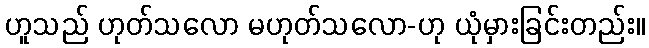
ဟူသည် ဟုတ်သလော မဟုတ်သလော-ဟု ယုံမှားခြင်းတည်း။